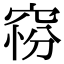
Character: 𥦋